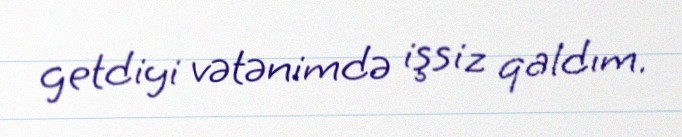
getdiyi vətənimdə işsiz qaldım.